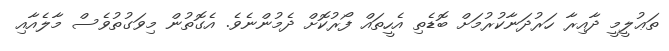
ތަޢުލީމީ ދާއިރާ ހަރުދަނާކުރުމަށް ބޮޑެތި އެހީތައް ފޯރުކޮށް ދެމުންނެވެ. އެގޮތުން މިވަގުތުވެސް މާލެއާއި